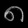
Digit: ၈